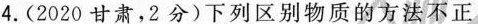
4.(2020甘肃，2分)下列区别物质的方法不正